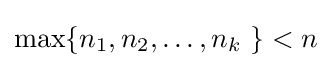
\max\{n_{1},n_{2},\ldots ,n_{k}\ \}<n